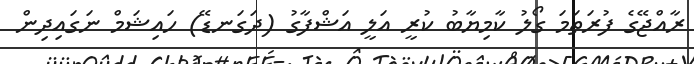
ރާއްޖޭގެ ފުރަތަމަ ގޯލު ކާމިޔާބު ކުރީ އަލީ އަޝްފާގު (ދަގަނޑޭ) ހައިޝަމް ނަގައިދިން